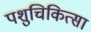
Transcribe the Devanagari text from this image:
पशुचिकित्‍सा